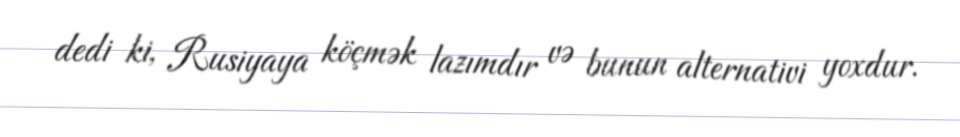
dedi ki, Rusiyaya köçmək lazımdır və bunun alternativi yoxdur.